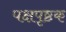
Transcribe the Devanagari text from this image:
पक्षपृष्ठक